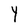
Character: Y